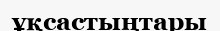
ұқсастыңтары